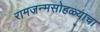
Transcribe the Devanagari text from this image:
रामजन्मसोहळ्याचा